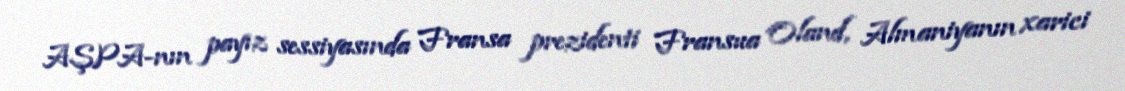
AŞPA-nın payız sessiyasında Fransa prezidenti Fransua Oland, Almaniyanın xarici